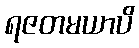
ရဇတမယာပိ